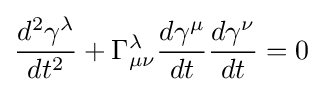
{\frac {d^{2}\gamma ^{\lambda }}{dt^{2}}}+\Gamma _{\mu \nu }^{\lambda }{\frac {d\gamma ^{\mu }}{dt}}{\frac {d\gamma ^{\nu }}{dt}}=0\